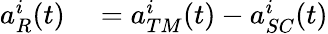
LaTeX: \begin{array}{rl}{a_{R}^{i}(t)}&{{}=a_{TM}^{i}(t)-a_{SC}^{i}(t)}\end{array}